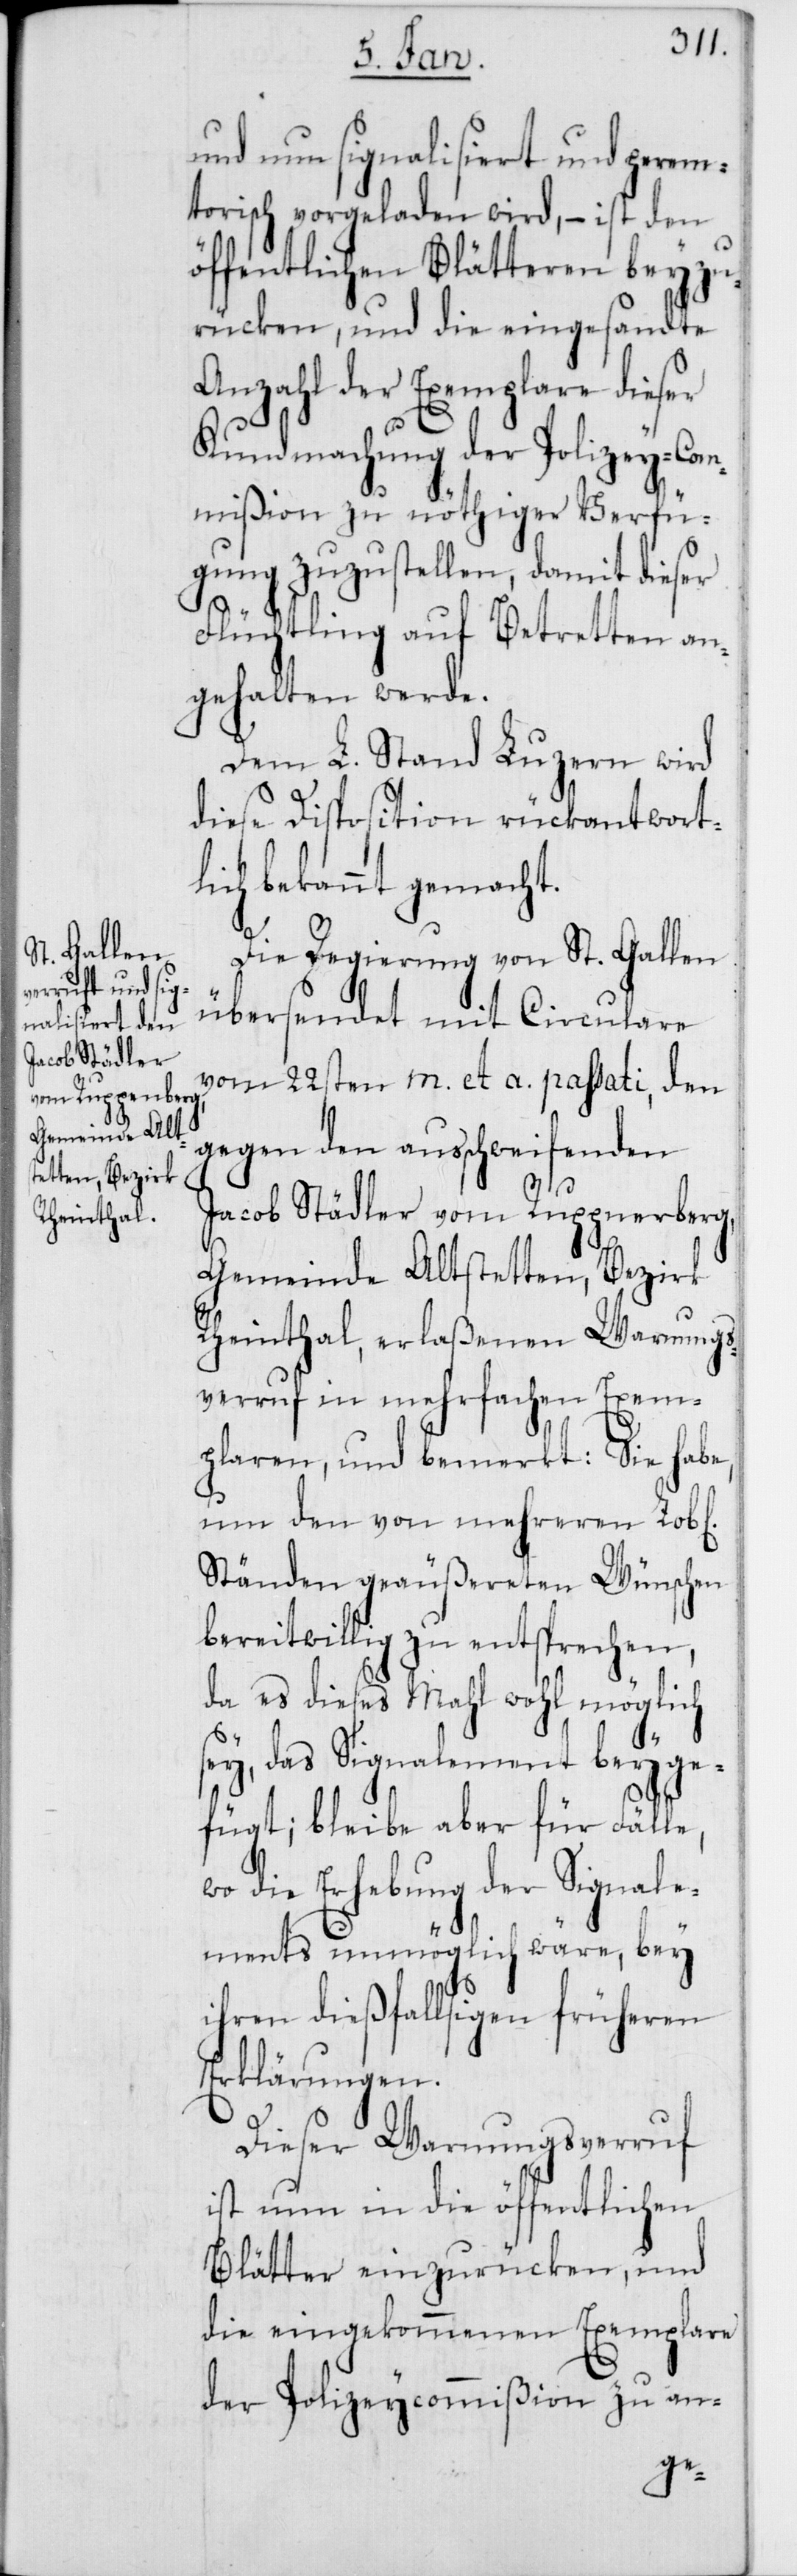
und nun signalisiert und perem¬
torisch vorgeladen wird, – ist den
öffentlichen Blätteren beyzu¬
rücken, und die eingesandte
Anzahl der Exemplare dieser
Kundmachung der Polizey-Com¬
mißion zu nöthiger Verfü¬
gung zuzustellen, damit dieser
Flüchtling auf Betretten an¬
gehalten werde.
Dem L. Stand Luzern wird
diese Disposition rückantwort¬
lich bekannt gemacht.
Die Regierung von St. Gallen
übersendet mit Circulare
vom 22sten m. et a. passati, den
gegen den ausschweifenden
Jacob Städler vom Ruppnerberg
Gemeinde Altstetten, Bezirk
Rheinthal, erlaßenen Warnungs¬
verruf in mehrfachen Exem¬
plaren, und bemerkt: Sie habe,
um den von mehreren Lobl[i¬
Ständen geäußereten Wünschen
bereitwillig zu entsprechen,
da es dieses Mahl wohl möglich
sey, das Signalement beyge¬
fügt; bleibe aber für Fälle,
wo die Erhebung der Signale¬
ments unmöglich wäre, bey
ihren dießfallsigen früheren
Erklärungen.
Dieser Warnungsverruf
ist nun in die öffentlichen
Blätter einzurücken, und
die eingekommenen Exemplare
der Polizeycommißion zu an-
chen]